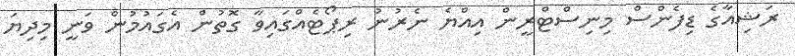
ރަޝިއާގެ ޑިފެންސް މިނިސްޓްރީން އިއްޔެ ނެރުނު ރިޕޯޓެއްގައިވާ ގޮތުން އެގައުމުން ވަނީ މިދިޔަ